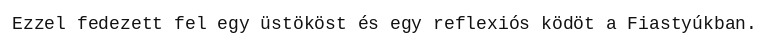
Ezzel fedezett fel egy üstököst és egy reflexiós ködöt a Fiastyúkban.